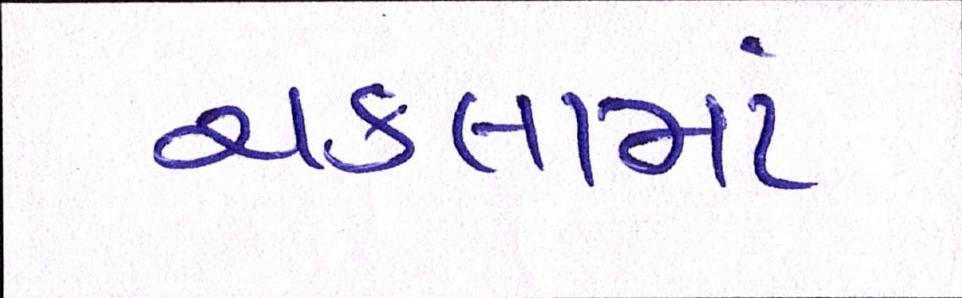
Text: ચકલામાં